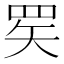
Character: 𬙜